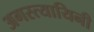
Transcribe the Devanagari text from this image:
अगस्त्यायिनी